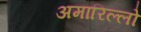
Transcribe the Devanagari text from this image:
अमारिल्लो